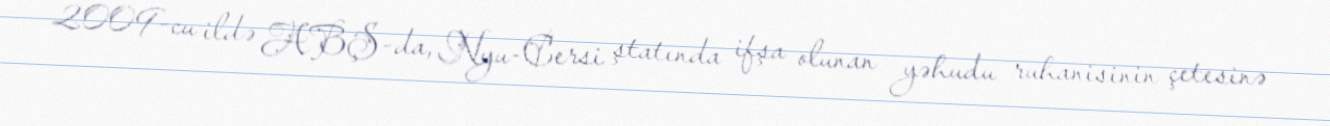
2009-cu ildə ABŞ-da, Nyu-Cersi ştatında ifşa olunan yəhudu ruhanisinin çetesinə